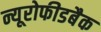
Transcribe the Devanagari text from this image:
न्यूरोफीडबैक